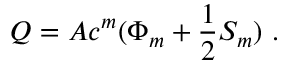
Q = A c ^ { m } ( \Phi _ { m } + \frac { 1 } { 2 } S _ { m } ) ~ .